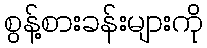
စွန့်စားခန်းများကို